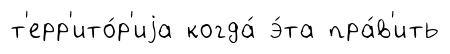
т'ерр'ито́р'иjа когда́ э́та пра́в'ить